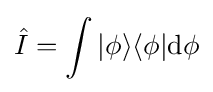
{\hat {I}}=\int |\phi \rangle \langle \phi |\mathrm {d} \phi